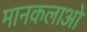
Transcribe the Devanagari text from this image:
मानकलाओ